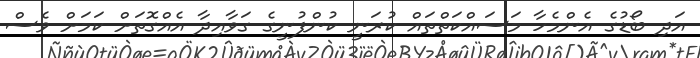
އަދި ބޯޑުގެ އެންމެހާ މަސައްކަތްތައް ކުރަނީ ކުންފުނީގެ ގަވާއިދާ އެއްގޮތަށް ކަމަށް ވެސް